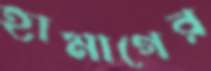
হামাগের